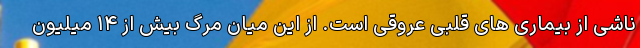
ناشی از بیماری های قلبی عروقی است. از این میان مرگ بیش از ۱۴ میلیون